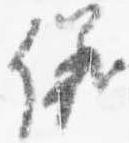
儀